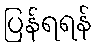
ပြန်ရရန်